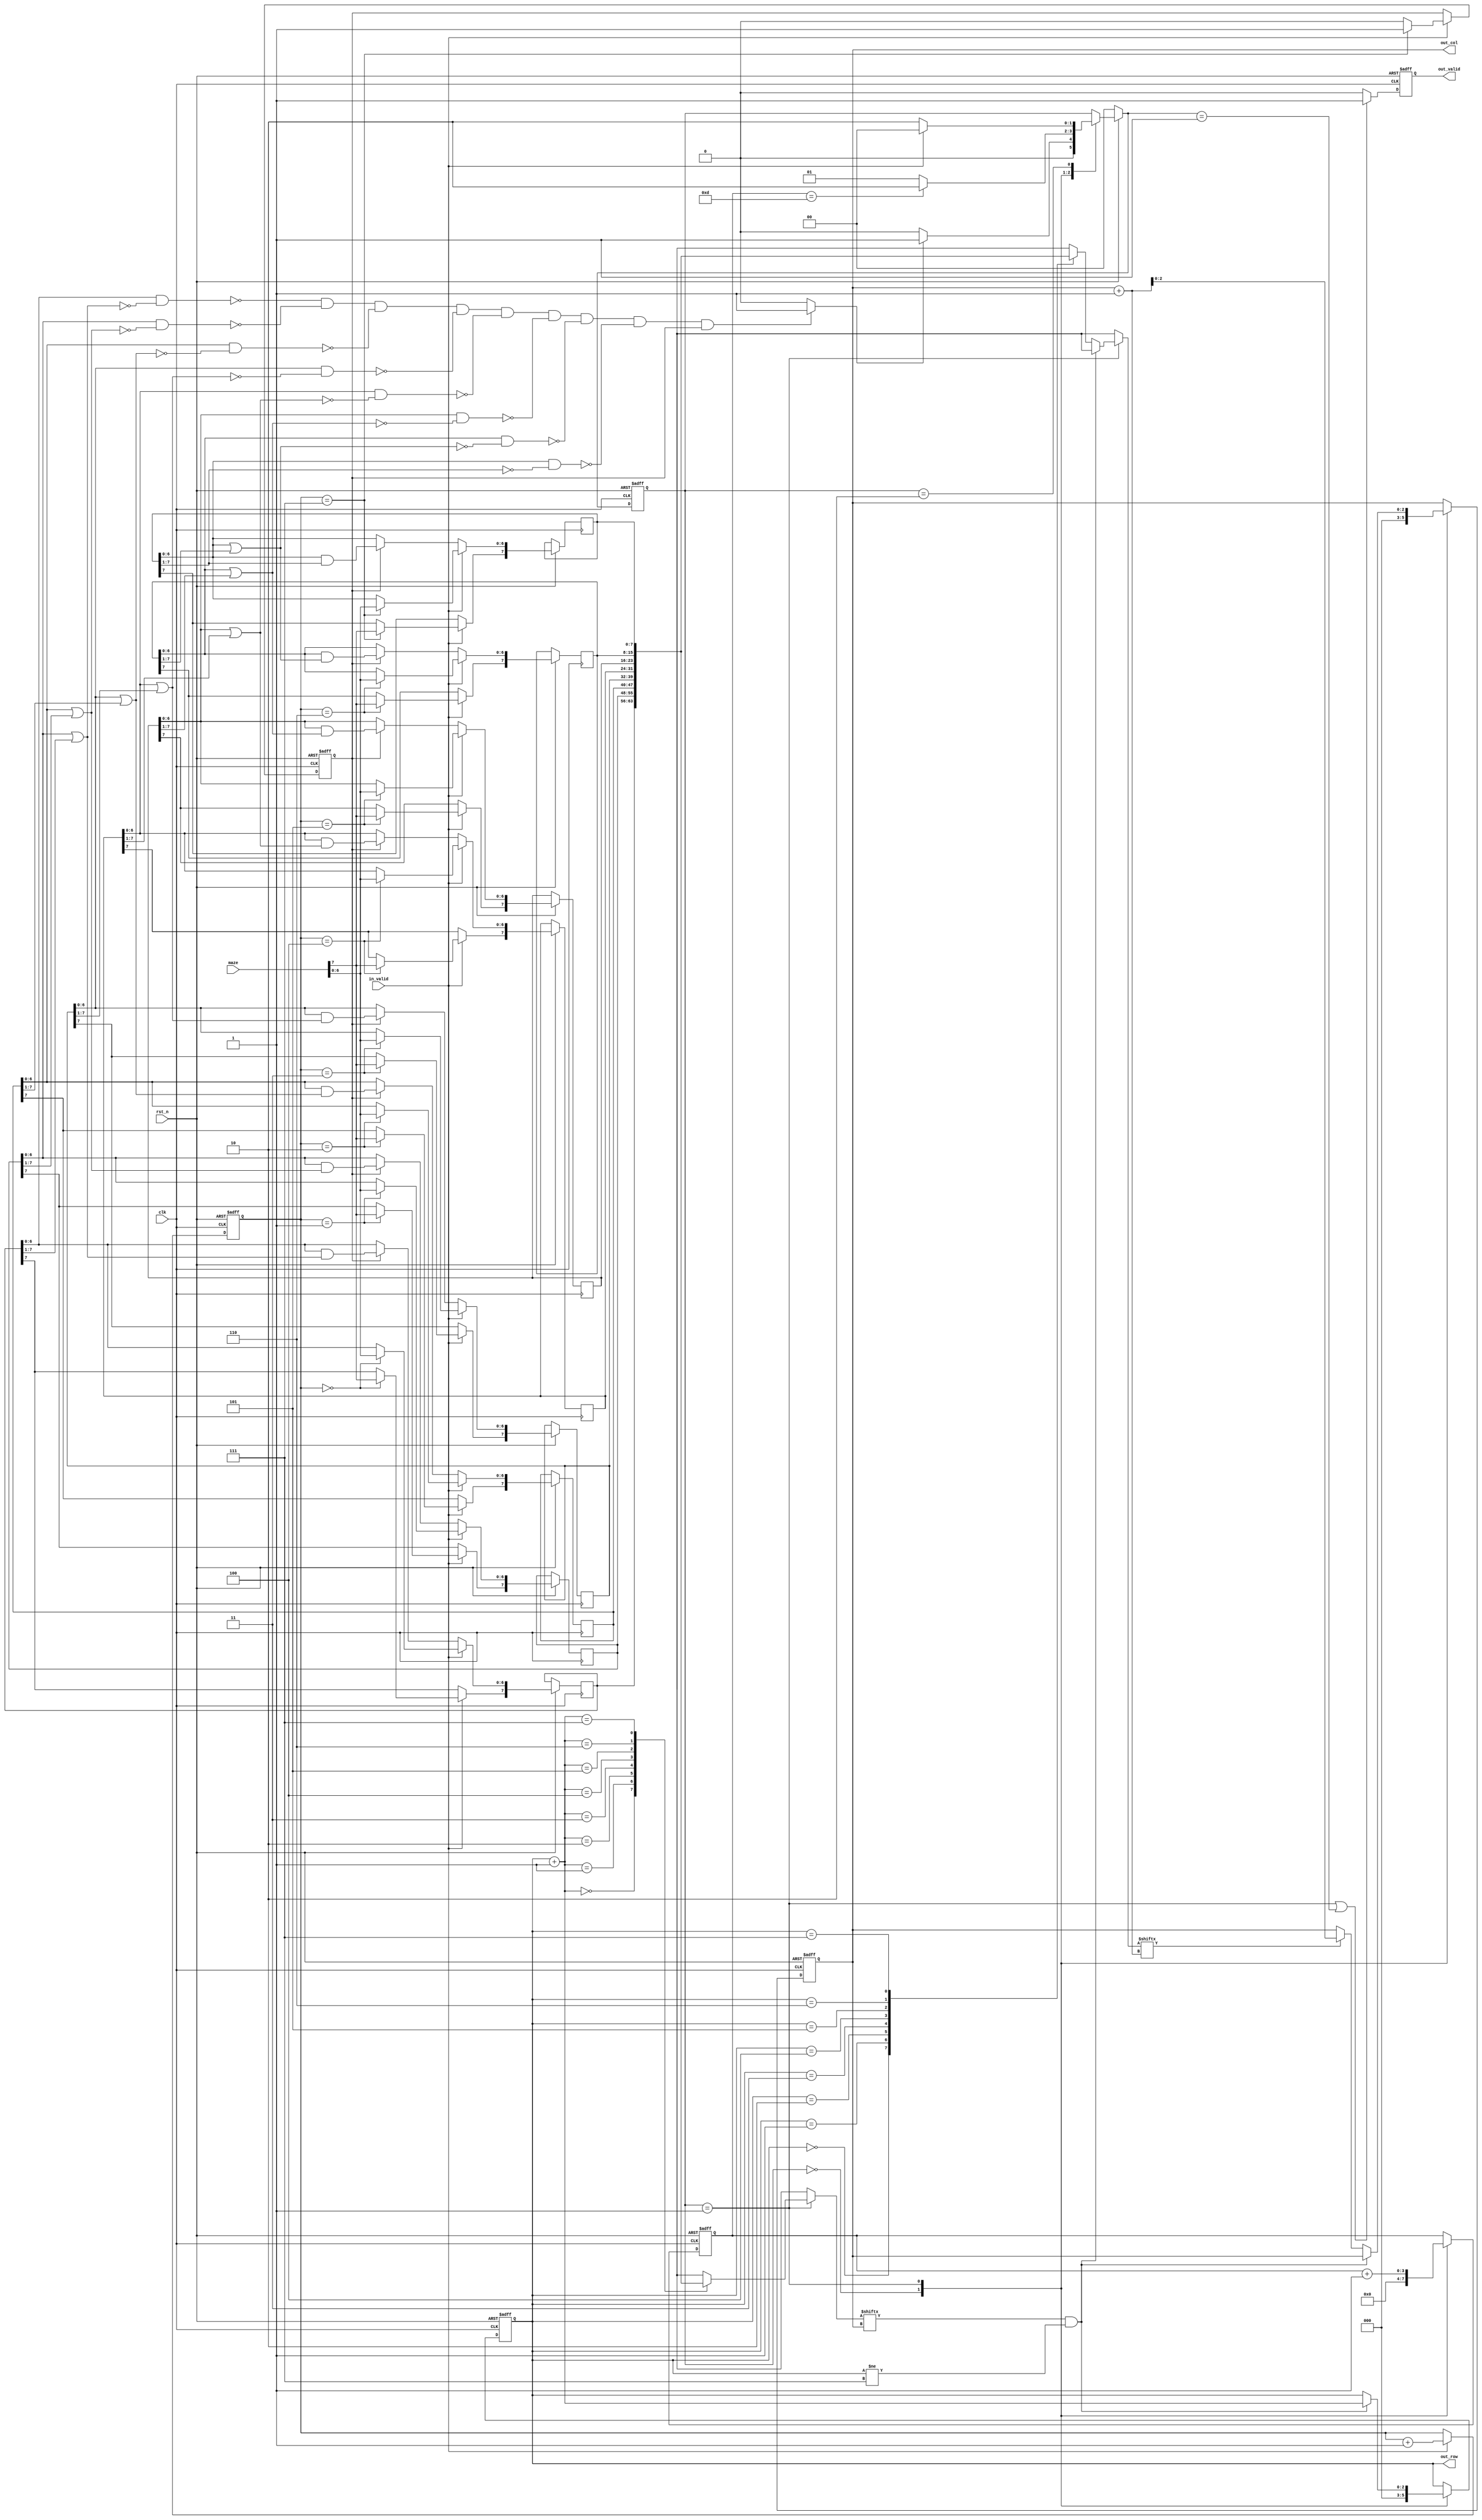
module RIM(
    //Input Port
    input clk,
    input rst_n,
	input in_valid,
    input  [7:0] maze,

    //Output Port
    output reg out_valid,
    output reg [2:0] out_row,
    output reg [2:0] out_col
    );

//---------------------------------------------------------------------
//   PORT DECLARATION
//---------------------------------------------------------------------
parameter N = 8;

reg [2:0] in_count ;
reg  clean_count ;
reg  [N-1:0] mm [N-1:0]; // mm[row][col], down = row+1 , right = col+1
//wire [N-1:0] WW [N-1:0];
wire flag;

reg [3:0] ans_idx;
wire [3:0] col_right;
wire [3:0] row_down;

parameter s_idle = 3'd0;
parameter s_check = 3'd1;
parameter s_find = 3'd2;
reg [1:0] state_current;
reg [1:0] state_next;

// ******************************************************
// *             read count & clean_count               *
// ******************************************************
always @ ( posedge clk or negedge rst_n ) begin
    if (!rst_n) begin in_count<=0; clean_count<=0;
    end else if (in_valid==1'b1) begin
        in_count <= in_count + 1 ;
        if(in_count==3'd7)
            clean_count <= 1;
        else clean_count<=0;
    end
end
// ******************************************************
// *                read & clean maze                   *
// ******************************************************
always @ ( posedge clk or negedge rst_n ) begin
    if(!rst_n) begin
        //mm[8]<=8'd0;
    end else if(in_valid==1'b1)begin
        //mm[8] <= 8'd0;
        mm[in_count] <= maze;
    end else if(clean_count!=0) begin
        mm[0][6:0] <= mm[0][6:0]&(mm[1][6:0]|mm[0][7:1]);
        mm[1][6:0] <= mm[1][6:0]&(mm[2][6:0]|mm[1][7:1]);
        mm[2][6:0] <= mm[2][6:0]&(mm[3][6:0]|mm[2][7:1]);
        mm[3][6:0] <= mm[3][6:0]&(mm[4][6:0]|mm[3][7:1]);
        mm[4][6:0] <= mm[4][6:0]&(mm[5][6:0]|mm[4][7:1]);
        mm[5][6:0] <= mm[5][6:0]&(mm[6][6:0]|mm[5][7:1]);
        mm[6][6:0] <= mm[6][6:0]&(mm[7][6:0]|mm[6][7:1]);
        mm[7][6:0] <= mm[7][6:0]&(      mm[7][7:1]);
        mm[8] <= 8'd0;
    end
end
// ******************************************************
// *            flag finish clean maze                  *
// ******************************************************
assign flag = ( (0==( mm[0][6:0]&( ~(mm[1][6:0]|mm[0][7:1]) )) )&&
              (0==( mm[1][6:0]&( ~(mm[2][6:0]|mm[1][7:1]) )) )&&
              (0==( mm[2][6:0]&( ~(mm[3][6:0]|mm[2][7:1]) )) )&&
              (0==( mm[3][6:0]&( ~(mm[4][6:0]|mm[3][7:1]) )) )&&
              (0==( mm[4][6:0]&( ~(mm[5][6:0]|mm[4][7:1]) )) )&&
              (0==( mm[5][6:0]&( ~(mm[6][6:0]|mm[5][7:1]) )) )&&
              (0==( mm[6][6:0]&( ~(mm[7][6:0]|mm[6][7:1]) )) )&&
              (0==( mm[7][6:0]&(      ~(mm[7][7:1]) )) )&&
              (clean_count!=0) )? 1 : 0;

// ******************************************************
// *                state_current                       *
// ******************************************************
always @(posedge clk or negedge rst_n ) begin
    if(!rst_n) state_current <= s_idle;
    else state_current <= state_next;
end
// ******************************************************
// *                    FSM                             *
// ******************************************************
always @ ( * ) begin
    if(!rst_n) state_next = 0;
    else
    case (state_current)
/*0*/        s_idle://if(in_valid) state_next = s_start;
                    if(flag==1'b1) state_next = s_check;
                    else state_next = s_idle;
/*1*/        s_check: if(ans_idx==4'd13) state_next = s_find; else state_next = s_check;
/*4*/        s_find:if(in_valid) state_next = s_idle;
                    else state_next = s_find;
        default: state_next = state_current;
    endcase
end
// ******************************************************
// *            col_right,  row_down                    *
// ******************************************************
assign col_right = out_col+1;
assign row_down = out_row+1;

always @ ( posedge clk or negedge rst_n) begin
    if (!rst_n) begin
        out_col<=0;
        out_row<=0;
    end
    else
    case (state_current)
        s_idle: begin   out_col<=0;
                        out_row<=0;
                end
        s_check:if ((mm[row_down][out_col]==1'b1) &&(out_row!=4'd7)) begin
                    out_row<=row_down;
                end else  if (mm[out_row][col_right]==1'b1) begin
                    out_col<=col_right;
                end
        default: ;
    endcase
end
// ******************************************************
// *                    ans_idx                         *
// ******************************************************
always @ ( posedge clk or negedge rst_n ) begin
    if(!rst_n) ans_idx <=0;
    else
    case(state_current)
        s_idle: ans_idx <=0;
        s_check:  ans_idx <= ans_idx + 1;
        default:ans_idx<=ans_idx;
    endcase

end
// ******************************************************
// *                    out_valid                       *
// ******************************************************
always @ ( posedge clk or negedge rst_n ) begin
    if (!rst_n) out_valid <= 0;
    else if((state_current==s_check)||(state_next==s_check)) out_valid <= 1;
    else out_valid <= 0;
end

endmodule